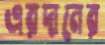
এরদানের